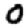
Digit: 0